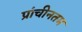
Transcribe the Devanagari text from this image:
प्रांचीनतम